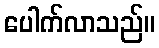
ပေါက်လာသည်။